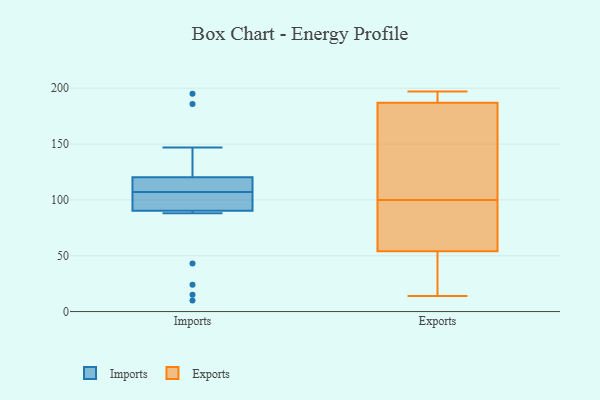
{"axis": {"x": "Waste Production (Tons)", "y": "Value"}, "legend": ["Exports", "Imports"], "data": [{"x": "", "y": 121, "type": "Imports"}, {"x": "", "y": 100, "type": "Imports"}, {"x": "", "y": 43, "type": "Imports"}, {"x": "", "y": 88, "type": "Imports"}, {"x": "", "y": 24, "type": "Imports"}, {"x": "", "y": 195, "type": "Imports"}, {"x": "", "y": 10, "type": "Imports"}, {"x": "", "y": 97, "type": "Imports"}, {"x": "", "y": 107, "type": "Imports"}, {"x": "", "y": 186, "type": "Imports"}, {"x": "", "y": 118, "type": "Imports"}, {"x": "", "y": 115, "type": "Imports"}, {"x": "", "y": 139, "type": "Imports"}, {"x": "", "y": 15, "type": "Imports"}, {"x": "", "y": 112, "type": "Imports"}, {"x": "", "y": 102, "type": "Imports"}, {"x": "", "y": 109, "type": "Imports"}, {"x": "", "y": 97, "type": "Imports"}, {"x": "", "y": 147, "type": "Imports"}, {"x": "", "y": 134, "type": "Exports"}, {"x": "", "y": 48, "type": "Exports"}, {"x": "", "y": 162, "type": "Exports"}, {"x": "", "y": 97, "type": "Exports"}, {"x": "", "y": 189, "type": "Exports"}, {"x": "", "y": 80, "type": "Exports"}, {"x": "", "y": 197, "type": "Exports"}, {"x": "", "y": 103, "type": "Exports"}, {"x": "", "y": 196, "type": "Exports"}, {"x": "", "y": 14, "type": "Exports"}, {"x": "", "y": 79, "type": "Exports"}, {"x": "", "y": 37, "type": "Exports"}, {"x": "", "y": 187, "type": "Exports"}, {"x": "", "y": 54, "type": "Exports"}]}